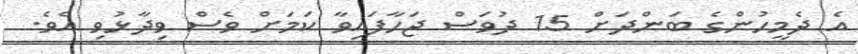
އެ ދެމީހުންގެ ބަންދަށް 15 ދުވަސް ޖަހާފައިވާ ކަމަށް ވެސް ވިދާޅުވި އެވެ.